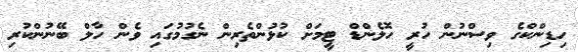
ހިޑިންކްގެ ވިސްނުން ހުރީ ހޮލެންޑް ޓީމަށް ކުޅުންތެރިން ނެގުމުގައި ވެން ހާލް ބޭނުންކުރި